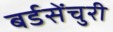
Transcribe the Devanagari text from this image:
बर्डसेंचुरी